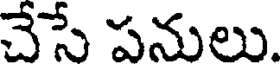
చేసే పనులు.